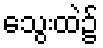
သွေးထဲ၌